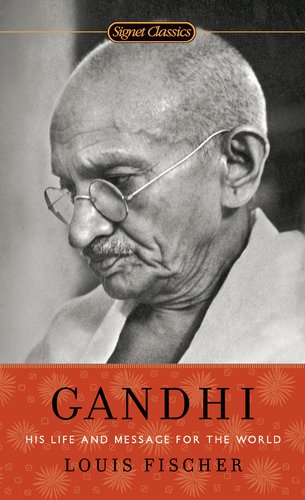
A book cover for Gandhi: His Life and Message for the World (Signet Classics); Louis Fischer; Religion & Spirituality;